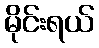
မိုင်းရယ်